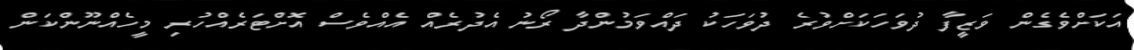
އަކަށްވެގެން ވަޒީފާ ދުވަހަކަށްވުރެ ދުވަހަކު ދައްވަމުންދާ ރޯނު އެދުރެއް އެއްވެސް އޮށްޓަރެއްހުރި މީހެއްނޫންކަން